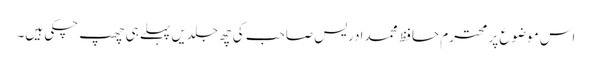
اس موضوع پر محترم حافظ محمدادریس صاحب کی چھ جلدیں پہلے ہی چھپ چکی ہیں۔